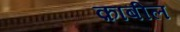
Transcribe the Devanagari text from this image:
क़ाबील